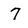
Character: 7